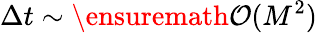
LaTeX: \Delta t\sim\ensuremath{\mathcal{O}(M^{2})}